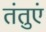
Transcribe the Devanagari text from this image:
तंतुएं